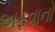
અફવાનો